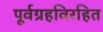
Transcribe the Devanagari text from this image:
पूर्वग्रहविरहित